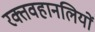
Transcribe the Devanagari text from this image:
रक्तवहानलियों